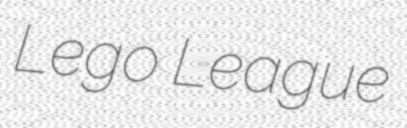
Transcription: Lego League